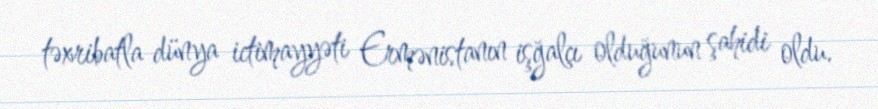
təxribatla dünya ictimayyəti Ermənistanın işğalçı olduğunun şahidi oldu.